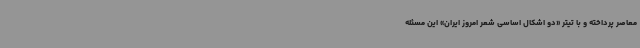
معاصر پرداخته و با تیتر «دو اشکال اساسی شعر امروز ایران» این مسئله